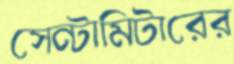
সেন্টামিটারের